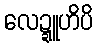
လေဍ္ဍူဟိပိ